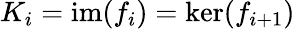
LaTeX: K_{i}=\operatorname{im}(f_{i})=\ker(f_{i+1})